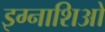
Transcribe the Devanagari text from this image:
इग्नाशिओ